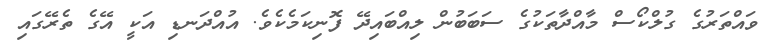
ވައްތަރުގެ ގުލްކޯސް މާއްދާތަކުގެ ސަބަބުން ލިއްބައިދޭ ފޮނިކަމެކެވެ. އުއްދަނޑި އަކީ އޭގެ ތެރޭގައި